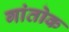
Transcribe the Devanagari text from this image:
गांतोक